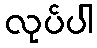
လုပ်ပါ